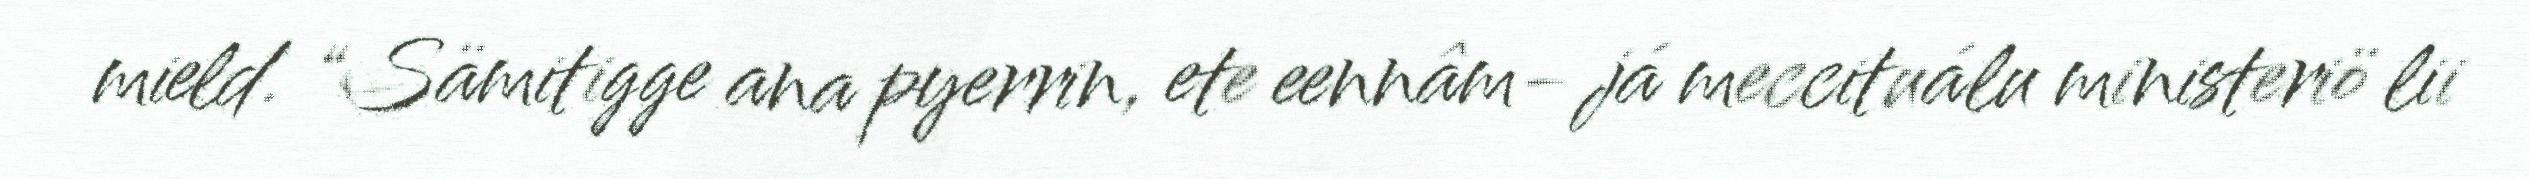
mield. “Sämitigge ana pyerrin, ete eennâm- já meccituálu ministeriö lii